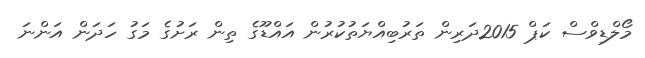
މޯލްޑިވްސް ކަޕް 2015ދަރިން ތަރުބިއްޔަތުކުރުން އައްޑޫގެ ތިން ރަށުގެ މަގު ހަދަން އަންނަ